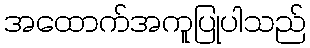
အထောက်အကူပြုပါသည်